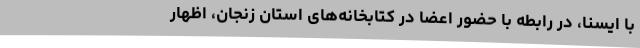
با ایسنا، در رابطه با حضور اعضا در کتابخانه‌های استان زنجان، اظهار